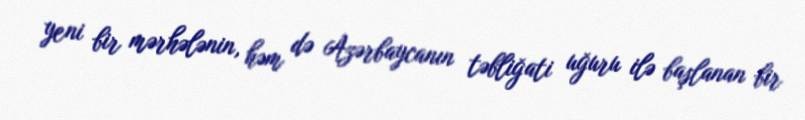
yeni bir mərhələnin, həm də Azərbaycanın təbliğati uğuru ilə başlanan bir